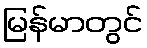
မြန်မာတွင်